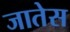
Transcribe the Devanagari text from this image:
जातेस